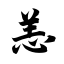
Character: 恙